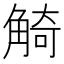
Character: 觭